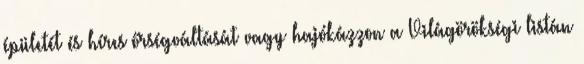
épületét és híres őrségváltását vagy hajókázzon a Világörökségi listán